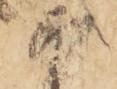
被